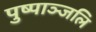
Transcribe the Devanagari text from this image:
पुष्पाञ्जलि